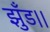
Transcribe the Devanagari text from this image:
झुँड।।